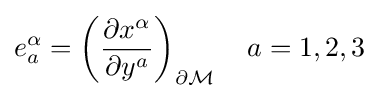
e_{a}^{\alpha }=\left({\partial x^{\alpha } \over \partial y^{a}}\right)_{\partial {\mathcal {M}}}\quad a=1,2,3